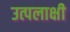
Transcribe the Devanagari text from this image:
उत्पलाक्षी